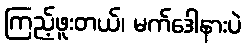
ကြည့်ဖူးတယ်၊ မက်ဒေါနားပဲ